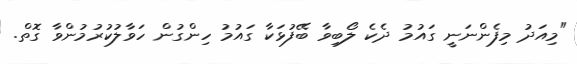
"މިއަދު މިފެންނަނީ ގައުމު ދެކެ ލޯބިވާ ބޭފުޅަކާ ގައުމު ހިންގުން ހަވާލުކުުރުމުންވާ ގޮތް.